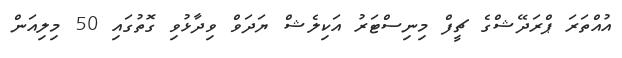
އުއްތަރަ ޕްރަދޭޝްގެ ޗީފް މިނިސްޓަރު އަކިލެޝް ޔަދަވް ވިދާޅުވި ގޮތުގައި 50 މިލިއަން